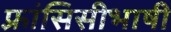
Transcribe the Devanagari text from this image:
फ़्रांसिसीभाषी